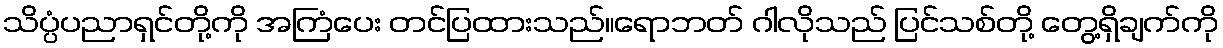
သိပ္ပံပညာရှင်တို့ကို အကြံပေး တင်ပြထားသည်။ရောဘတ် ဂါလိုသည် ပြင်သစ်တို့ တွေ့ရှိချက်ကို